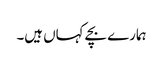
ہمارے بچے کہاں ہیں۔